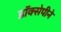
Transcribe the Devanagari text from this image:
डॉक्सेपीने